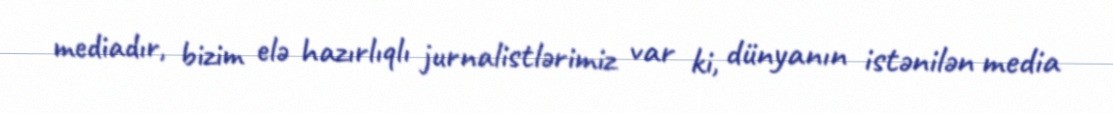
mediadır, bizim elə hazırlıqlı jurnalistlərimiz var ki, dünyanın istənilən media